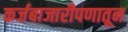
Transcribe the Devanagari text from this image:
कर्जबाजारीपणातून